Philaematomyia insignis, Austen - Number 54
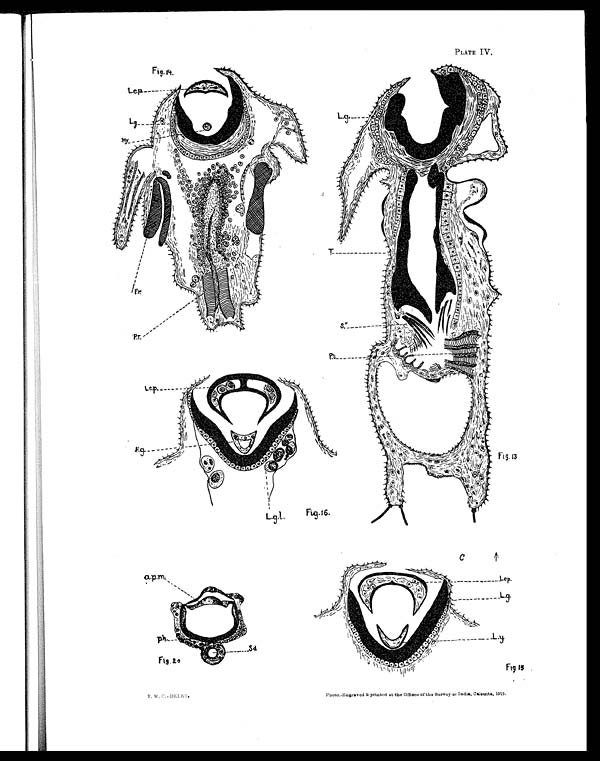
PLATE IV.
F. W. C. -DELET.
Phot o. - Engr aved amp; pr i nt ed at t he Of f i ces of t he Sur vey or I ndi a, Cal cut t a, 1912.